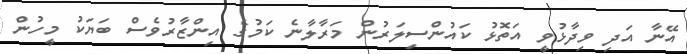
އޭނާ އަދި ވިދާޅުވީ އަތޮޅު ކައުންސިލަރުން މަރާލާނެ ކަމުގެ އިންޒާރުވެސް ބަޔަކު މީހުން